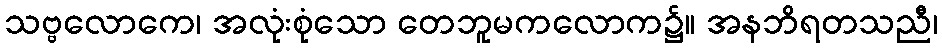
သဗ္ဗလောကေ၊ အလုံးစုံသော တေဘူမကလောက၌။ အနဘိရတသညီ၊